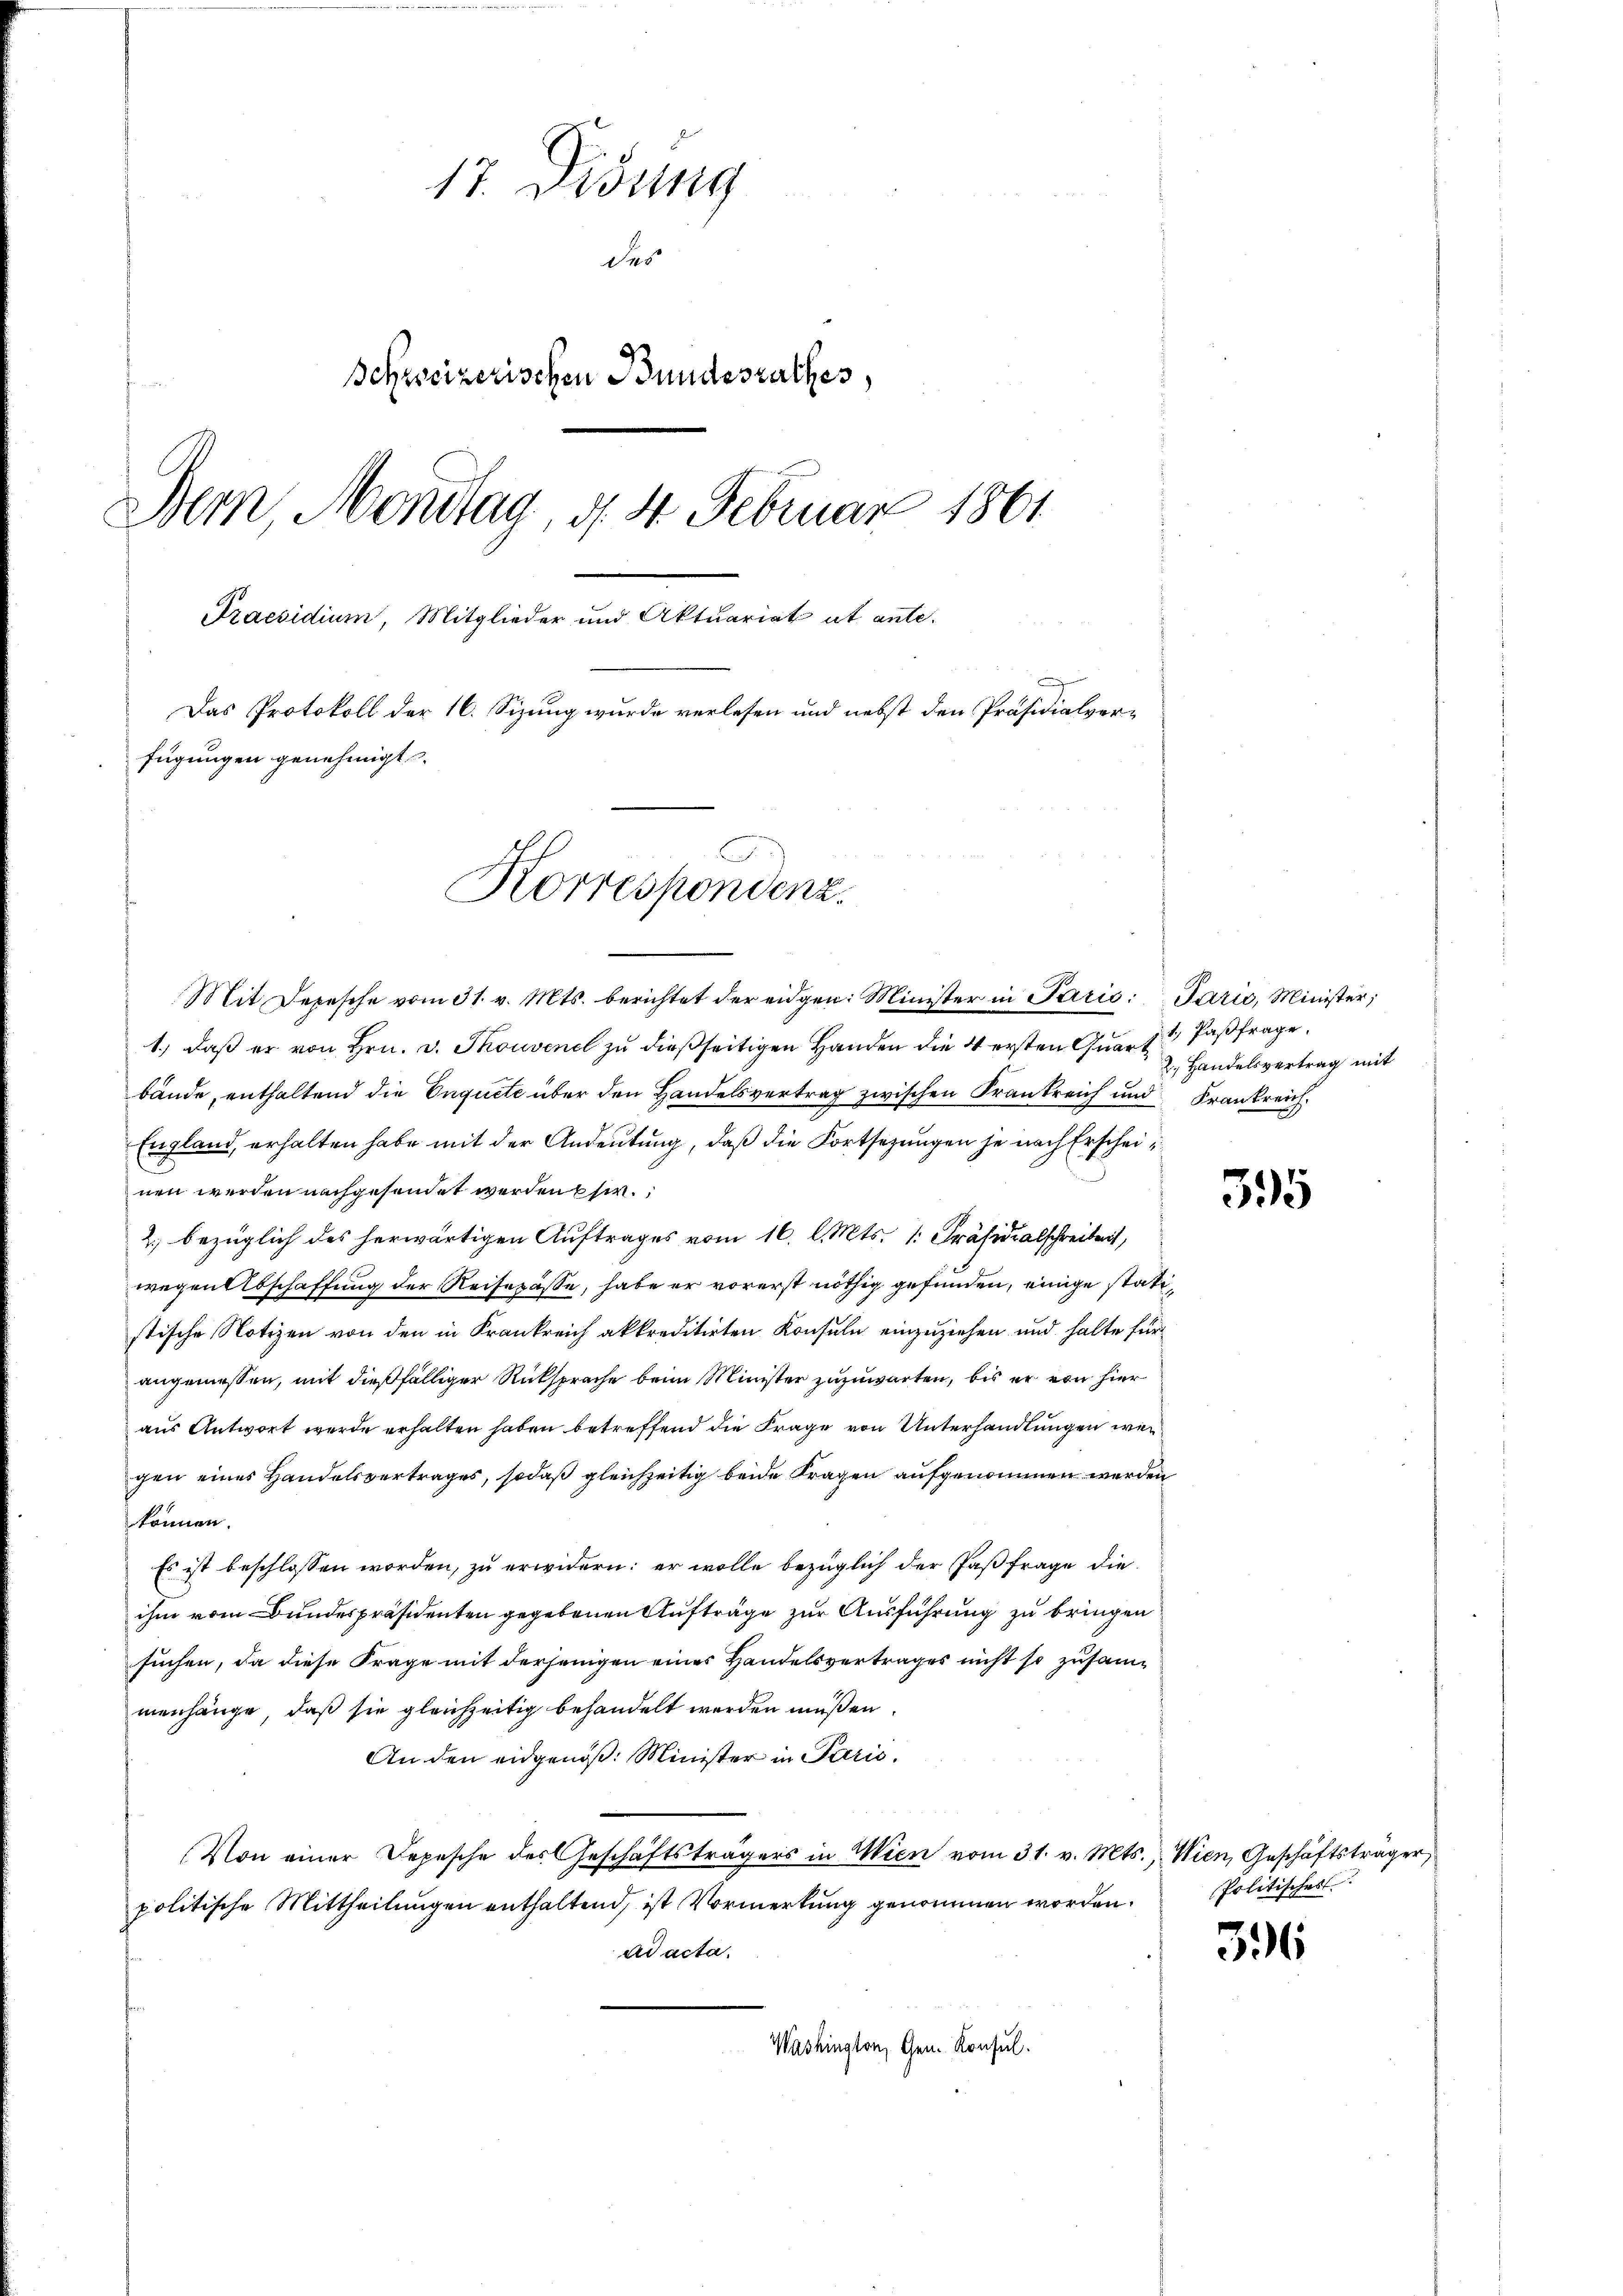
17. Disung
des
Schweizerischen Bundesrathes,
Bern, Montag, d. 4. Februar 1861
Praesidium, Mitglieder und Aktuariat ab ante.
Das Protokoll der 16. Sizung wurde verlesen und nebst den Präsidialverfügungen genehmigt
Korrespondenz.

Mit Depesche vom 31. v. Mts. berichtet der eidgen. Minister in Paris Parić, Minister;
1.) daß er von Hrn. v. Thouvenel zu dießseitigen Handen die 4 ersten Quart
bände, enthaltend die Inquete über den Handelsvertrag zwischen Frankreich und Krankreich
England, erhalten habe mit der Andeutung, daß die Fortsetzungen je nach Erscheinen werden nachgesendet werden Ehe.
2., bezüglich des herwärtigen Auftrages vom 16. l. Mts. (: Präsidialschreibert,
wegen Abschaffung der Reisepässe, habe er vorerst nöthig gefunden, einige statistische Notizen von den in Krankreich akkreditirten Konsuln einzuziehen und halte für
angemessen, mit dießfälliger Rücksprache beim Minister zuzuwarten, bis er von hier
aus Antwort werde erhalten haben betreffend die Frage von Unterhandlungen wer
gen eines Handelsvertrages, sodaß gleichzeitig beide Fragen aufgenommen werden
können.
Es ist beschlossen worden, zu erwidern: er wolle bezüglich der Paß frage die
ihm vom Bundespräsidenten gegebenen Aufträge zur Ausführung zu bringen
suchen, da diese Frage mit derjenigen eines Handelsvertrages nicht so zusammenhänge, daß sie gleichzeitig behandelt werden müßen.
An den eidgenöß: Minister in Paris,
Von einer Depesche des Geschäftsträgers in Wien vom 31. v. Mts., Wien, Geschäftsträger
politische Mittheilungen enthaltend, ist Vormerkung genommen worden.
ad acta.
Washington, Gen. Konsul.

1.) Paßfrage.
2. Handelsvertrag mit

395

Politisches

36